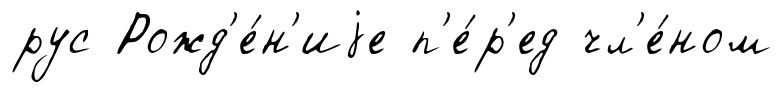
рус Рожд'е́н'иjе п'е́р'ед чл'е́ном